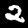
Digit: 2